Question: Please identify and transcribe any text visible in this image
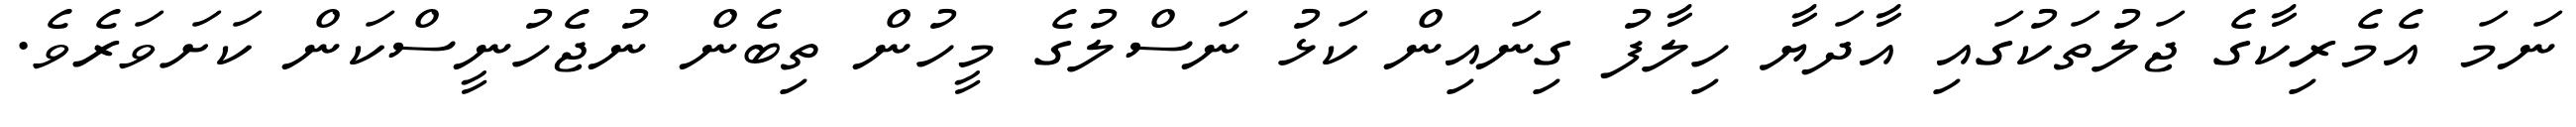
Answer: ނަމަ އެމެރިކާގެ ޖަލުތަކުގައި އާދަޔާ ހިލާފު ގިނައިން ކަޅު ނަސްލުގެ މީހުން ތިބެން ނުޖެހުނީސްކަން ކަށަވަރެވެ.